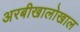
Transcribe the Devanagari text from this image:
अरबीखालोखाल